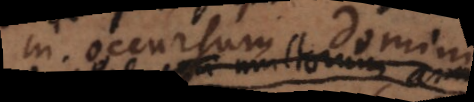
in occursum Domini